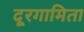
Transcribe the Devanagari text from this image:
दूरगामिता